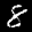
Digit: 8